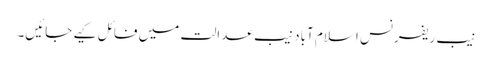
نیب ریفرنس اسلام آباد نیب عدالت میں فائل کیے جائیں۔